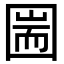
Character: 圌